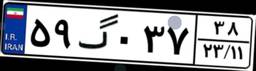
۵۹گ۰۳۷۳۸